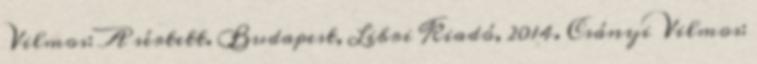
Vilmos: A sértett. Budapest, Libri Kiadó, 2014. Csányi Vilmos: